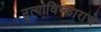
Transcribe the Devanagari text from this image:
नृत्याविष्काराचे